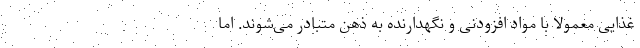
غذایی معمولا با مواد افزودنی و نگهدارنده به ذهن متبادر می‌شوند. اما